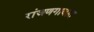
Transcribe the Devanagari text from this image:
रांजणगावात